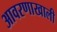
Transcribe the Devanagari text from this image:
आवरणाखाली